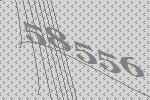
58556